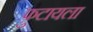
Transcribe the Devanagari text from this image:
फ़ुटायला